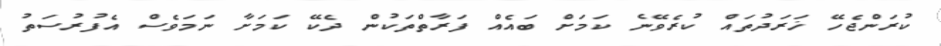
ކުރަންޖެހޭ ޚަރަދުތައް ކުރެވޭނެ ކަމަށް ބައެއް ފަރާތްތަކުން ދެކޭ ކަމަށާ ނަމަވެސް އެފުރުސަތު